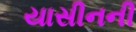
યાસીનની